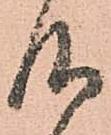
仰